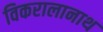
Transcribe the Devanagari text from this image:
विकरालानाथ